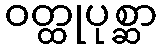
ဝတ္ထုပုစ္ဆာ